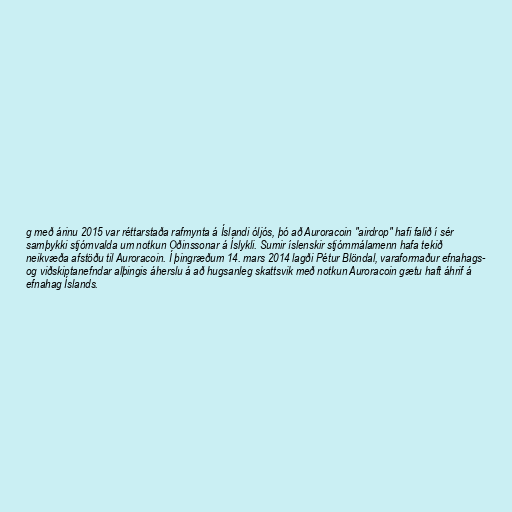
g með árinu 2015 var réttarstaða rafmynta á Íslandi óljós, þó að Auroracoin "airdrop" hafi falið í sér
samþykki stjórnvalda um notkun Oðinssonar á Íslykli. Sumir íslenskir stjórnmálamenn hafa tekið
neikvæða afstöðu til Auroracoin. Í þingræðum 14. mars 2014 lagði Pétur Blöndal, varaformaður efnahags-
og viðskiptanefndar alþingis áherslu á að hugsanleg skattsvik með notkun Auroracoin gætu haft áhrif á
efnahag Íslands.